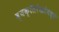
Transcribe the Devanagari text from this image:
व्यक्तिरेखांमध्ये